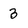
Character: 3